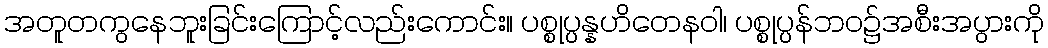
အတူတကွနေဘူးခြင်းကြောင့်လည်းကောင်း။ ပစ္စုပ္ပန္နဟိတေနဝါ၊ ပစ္စုပ္ပန်ဘဝ၌အစီးအပွားကို